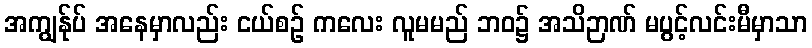
အကျွန်ုပ် အနေမှာလည်း ငယ်စဉ် ကလေး လူမမည် ဘဝ၌ အသိဉာဏ် မပွင့်လင်းမီမှာသာ